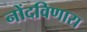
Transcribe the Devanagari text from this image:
नोंदविणारा